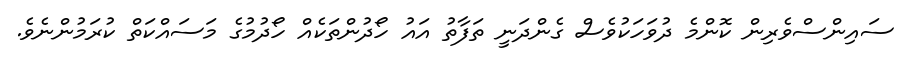
ސައިންސްވެރިން ކޮންމެ ދުވަހަކުވެސް ގެންދަނީ ތަފާތު އައު ހޯދުންތަކެއް ހޯދުމުގެ މަސައްކަތް ކުރަމުންނެވެ.